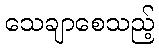
သေချာစေသည့်